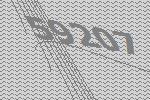
59207